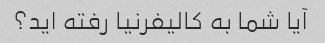
آیا شما به کالیفرنیا رفته اید؟